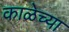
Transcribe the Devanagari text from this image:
काळेच्या